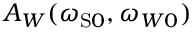
A _ { W } ( \omega _ { \mathrm { { S } } 0 } , \omega _ { W 0 } )